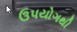
ઉપયોગથી